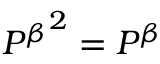
{ P ^ { \beta } } ^ { 2 } = P ^ { \beta }